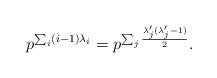
LaTeX: \begin{align*} p^{\sum_i (i-1)\lambda_i}=p^{\sum_j \frac{\lambda'_j(\lambda'_j-1)}{2}}.\end{align*}